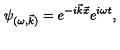
\psi _ { ( \omega , \vec { k } ) } = e ^ { - i \vec { k } \vec { x } } e ^ { i \omega t } ,